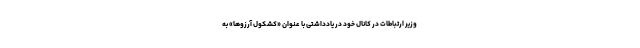
وزیر ارتباطات در کانال خود در یادداشتی با عنوان «کشکول آرزوها» به